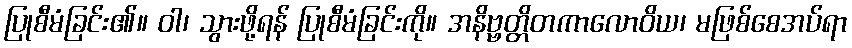
ပြုစီမံခြင်း၏။ ဝါ၊ သွားဖို့ရန် ပြုစီမံခြင်းကို။ အနိဗ္ဗတ္တိတကာလောဝိယ၊ မဖြစ်စေအပ်ရာ